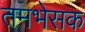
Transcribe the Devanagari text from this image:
तमभेसक